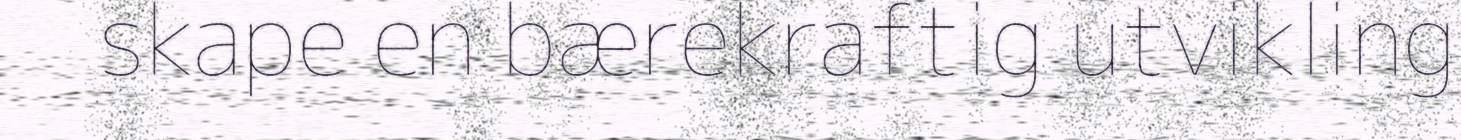
skape en bærekraftig utvikling